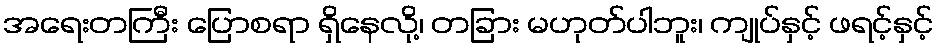
အရေးတကြီး ပြောစရာ ရှိနေလို့၊ တခြား မဟုတ်ပါဘူး၊ ကျုပ်နှင့် ဖရင့်နှင့်